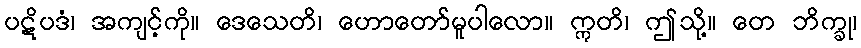
ပဋိပဒံ၊ အကျင့်ကို။ ဒေသေတိ၊ ဟောတော်မူပါလော။ ဣတိ၊ ဤသို့။ တေ ဘိက္ခု၊